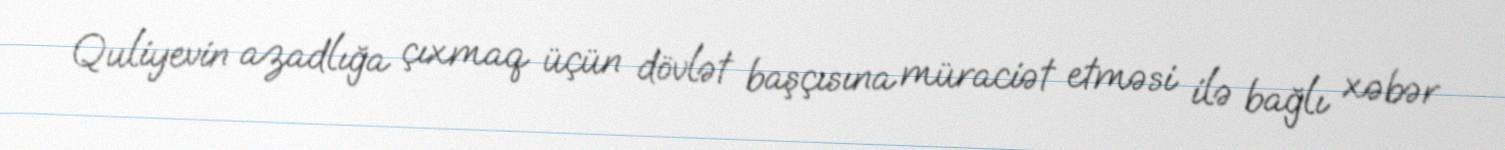
Quliyevin azadlığa çıxmaq üçün dövlət başçısına müraciət etməsi ilə bağlı xəbər